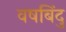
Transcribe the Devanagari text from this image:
वषबिंदु